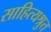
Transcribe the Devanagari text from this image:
साहित्यश्रुत